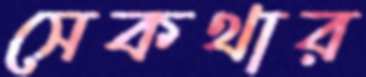
সেকথার